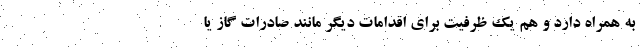
به همراه دارد و هم یک ظرفیت برای اقدامات دیگر مانند صادرات گاز یا